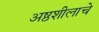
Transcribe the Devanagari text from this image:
अष्ठशीलाचे